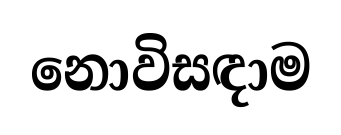
නොවිසඳාම